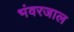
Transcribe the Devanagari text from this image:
भंवरजाल